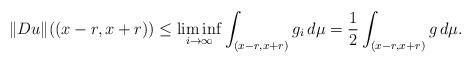
LaTeX: \begin{align*}\Vert Du\Vert((x-r,x+r)) \le \liminf_{i\to\infty}\int_{(x-r,x+r)} g_i \,d\mu = \frac{1}{2} \int_{(x-r,x+r)} g \,d\mu.\end{align*}